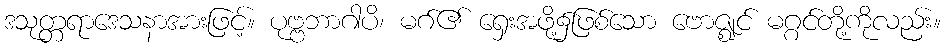
ဒသုတ္တရာဒေသနာအားဖြင့်။ ပုဗ္ဗဘာဂါပိ၊ မဂ်၏ ရှေးအဖို့၌ဖြစ်သော ဗောဇ္ဈင် မဂ္ဂင်တို့ကိုလည်း။